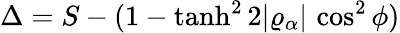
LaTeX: \Delta=S-(1-\operatorname{tanh}^{2}2\vert\varrho_{\alpha}\vert\, \cos^{2}\phi)